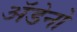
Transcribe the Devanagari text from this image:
अॅडेनो